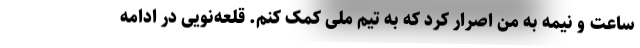
ساعت و نیمه به من اصرار کرد که به تیم ملی کمک کنم. قلعه‌نویی در ادامه